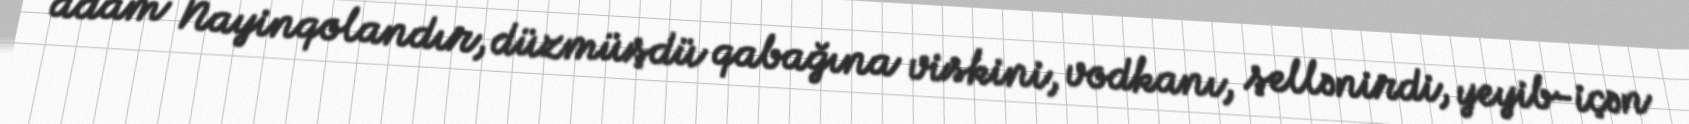
adam Nayinqolandır, düzmüşdü qabağına viskini, vodkanı, şellənirdi, yeyib-içən